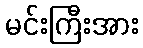
မင်းကြီးအား